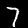
Digit: 7